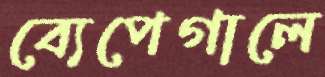
ব্যেপেগালে